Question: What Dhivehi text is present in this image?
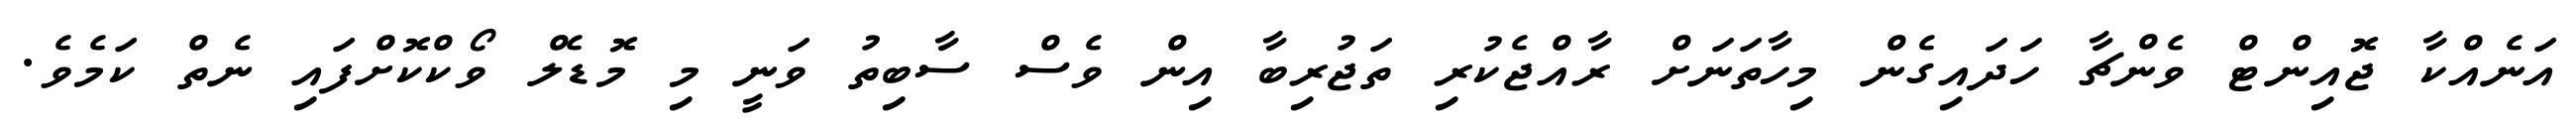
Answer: އަނެއްކާ ޖޮއިންޓް ވެންޗާ ހަދައިގެން މިހާތަނަށް ރާއްޖެކުރި ތަޖުރިބާ އިން ވެސް ސާބިތު ވަނީ މި މޮޑެލް ވޯކްކޮށްފައި ނެތް ކަމެވެ.